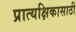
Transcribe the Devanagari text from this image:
प्रात्यक्षिकासाठी